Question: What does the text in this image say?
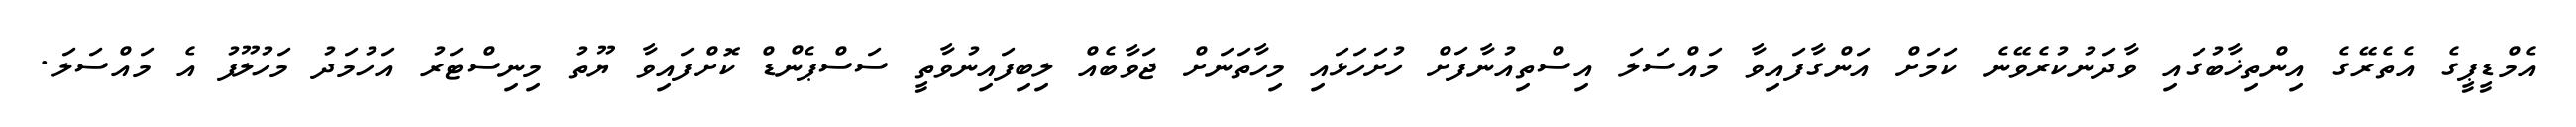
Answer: އެމްޑީޕީގެ އެތެރޭގެ އިންތިޚާބުގައި ވާދަނުކުރެވޭނެ ކަމަށް އަންގާފައިވާ މައްސަލަ އިސްތިއުނާފަށް ހުށަހަޅައި މިހާތަނަށް ޖަވާބެއް ލިބިފައިނުވާތީ ސަސްޕެންޑް ކޮށްފައިވާ ޔޫތު މިނިސްޓަރު އަހުމަދު މަހުލޫފު އެ މައްސަލަ.